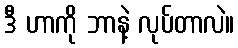
ဒီ ဟာကို ဘာနဲ့ လုပ်တာလဲ။